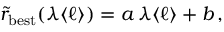
\tilde { r } _ { \mathrm { b e s t } } ( \lambda \langle \ell \rangle ) = a \, \lambda \langle \ell \rangle + b \, ,